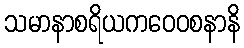
သမာနာစရိယကဝေဝစနာနိ